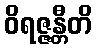
ဝိရဇ္ဇန္တီတိ